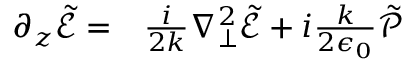
\begin{array} { r l } { \partial _ { z } \tilde { \mathcal { E } } = } & { { } \frac { i } { 2 k } \nabla _ { \perp } ^ { 2 } \tilde { \mathcal { E } } + i \frac { k } { 2 \epsilon _ { 0 } } \tilde { \mathcal { P } } } \end{array}